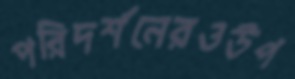
পরিদর্শনেরওউপ